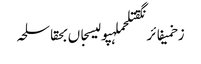
زخمیفائرنگقتلحملہپولیسجاں بحقاسلحہ